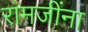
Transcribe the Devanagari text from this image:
रामजींना